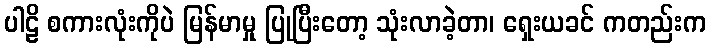
ပါဠိ စကားလုံးကိုပဲ မြန်မာမှု ပြုပြီးတော့ သုံးလာခဲ့တာ၊ ရှေးယခင် ကတည်းက